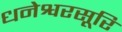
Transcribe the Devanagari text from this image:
धनेश्वरसूरि